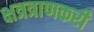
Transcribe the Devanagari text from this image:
क्षत्रत्राणकरी